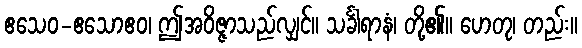
ဧသေဝ-ဧသောဧဝ၊ ဤအဝိဇ္ဇာသည်လျှင်။ သင်္ခါရာနံ၊ တို့၏။ ဟေတု၊ တည်း။